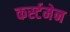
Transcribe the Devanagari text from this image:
कर्स्टमेन